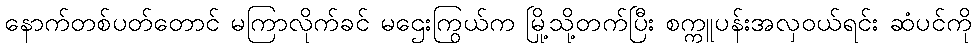
နောက်တစ်ပတ်တောင် မကြာလိုက်ခင် မဌေးကြွယ်က မြို့သို့တက်ပြီး စက္ကူပန်းအလှဝယ်ရင်း ဆံပင်ကို